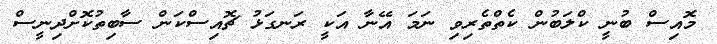
މޮއިސް ބުނީ ކްލަބުން ކެތްތެރިވި ނަމަ އޭނާ އަކީ ރަނގަޅު ޗޮއިސްކަން ސާބިތުކޮށްދިނީސް